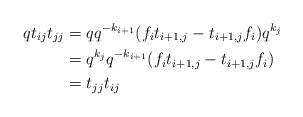
\begin{align*}qt_{ij}t_{jj} &= qq^{-k_{i+1}}(f_{i}t_{i+1,j}-t_{i+1,j}f_i)q^{k_j}\\&= q^{k_j}q^{-k_{i+1}}(f_{i}t_{i+1,j}-t_{i+1,j}f_i)\\&= t_{jj}t_{ij}\end{align*}